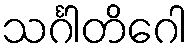
သင်္ဂါတိဂေါ